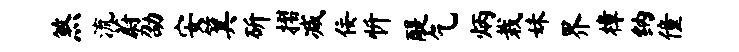
煞流蔚劭安箕斫摺减佞忻醍乞炳栽妹界樟纳僮